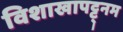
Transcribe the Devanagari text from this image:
विशाखापट्ट्नम